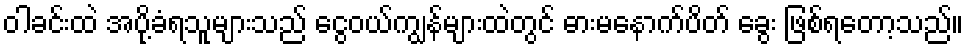
ဝါခင်းထဲ အပို့ခံရသူများသည် ငွေဝယ်ကျွန်များထဲတွင် ဓားမနောက်ပိတ် ခွေး ဖြစ်ရတော့သည်။